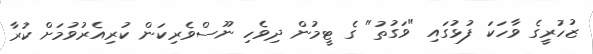
ޒުހުރީގެ ވާހަކަ ފުޅުގައި "ވަގުތު" ގެ ޓީމުން ދިވެހި ނޫސްވެރިކަން ކުރިއެރުވުމަށް ކުރާ